Lunatic asylums Central Provinces reports 1910-1926 - 1910-1926
Year: 1910
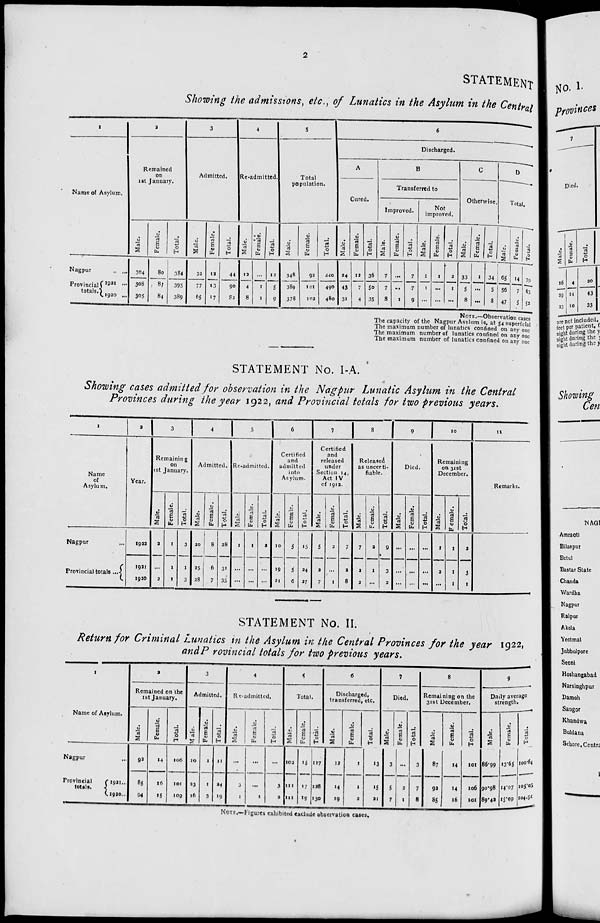
2
STATEMENT
Showing the admissions, etc., of Lunatics in the Asylum in the Central
1
Name of Asylum.
Nagpur ...
Provincial
totals.
1921
...
1920 ...
2
Remained
on
1st January.
Male.
304
308
305
Female.
80
87
84
Total.
384
395
389
3
Admitted.
Male.
32
77
65
Female.
12
13
17
Total.
44
90
82
4
Re-admitted.
Male.
12
4
8
Female.
...
1
1
Total.
12
5
9
5
Total
population.
Male.
348
389
378
Female.
92
101
102
Total.
440
490
480
6
Discharged.
A
Cured.
Male.
24
43
31
Female.
12
7
4
Total.
36
50
35
B
Transferred to
Improved.
Male.
7
7
8
Female.
...
...
1
Total.
7
7
9
Not
improved.
Male.
1
1
...
Female.
1
...
...
Total.
2
1
...
C
Otherwise.
Male.
33
5
8
Female.
1
...
...
Total.
34
5
8
D
Total.
Male.
65
56
47
Female.
14
7
5
Total.
79
63
53
NOTE.—Observation cases
The capacity of the Nagpur Asylum is, at 54 superficial
The maximum number of lunatics confined on any one
The maximum number of lunatics confined on any one
The maximum number of lunatics confined on any one
STATEMENT No. I-A.
Showing cases admitted for observation in the Nagpur Lunatic Asylum in the Central
Provinces during the year 1922, and Provincial totals for two previous years.
1
Name
of
Asylum.
Nagpur ...
Provincial totals ...
2
Year.
1922
1921
1920
3
Remaining
on
1st January.
Male.
2
...
2
Female.
1
1
1
Total.
3
1
3
4
Admitted.
Male.
20
25
28
Female.
8
6
7
Total.
28
31
35
5
Re-admitted.
Male.
1
...
...
Female.
1
...
...
Total.
2
...
...
6
Certified
and
admitted
into
Asylum.
Male.
10
19
21
Female.
5
5
6
Total.
15
24
27
7
Certified
and
released
under
Section 14,
Act IV
of 1912.
Male.
5
2
7
Female.
2
...
1
Total.
7
2
8
8
Released
as uncerti-
fiable.
Male.
7
3
2
Female.
2
1
...
Total.
9
3
2
9
Died.
Male.
...
...
...
Female.
...
...
...
Total.
...
...
...
10
Remaining
on 31st
December.
Male.
1
2
...
Female.
1
1
1
Total.
2
3
1
11
Remarks.
STATEMENT No. II.
Return for Criminal Lunatics in the Asylum in the Central Provinces for the year 1922,
and Provincial totals for two previous years.
1
Name of Asylum.
Nagpur ...
Provincial
totals.
1921 ...
1920 ...
2
Remained on the
1st January.
Male.
92
85
94
Female.
14
16
15
Total.
106
101
109
3
Admitted.
Male.
10
23
16
Female.
1
1
3
Total.
11
24
19
4
Re-admitted.
Male.
...
3
1
Female.
...
...
1
Total.
...
3
2
5
Total.
Male.
102
111
111
Female.
15
17
19
Total.
117
128
130
6
Discharged,
transferred, etc.
Male.
12
14
19
Female.
1
1
2
Total.
13
15
21
7
Died.
Male.
3
5
7
Female.
...
2
1
Total.
3
7
8
8
Remaining on the
31st December.
Male.
87
92
85
Female.
14
14
16
Total.
101
106
101
9
Daily average
strength.
Male.
86.99
90.98
89.42
Female.
13.65
14.07
15.09
Total.
100.64
105.05
104.51
NOTE.—Figures exhibited exclude observation cases.